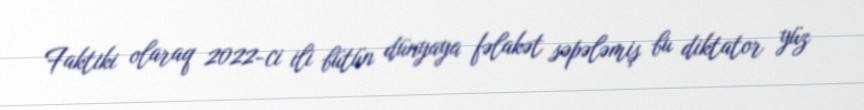
Faktiki olaraq 2022-ci ili bütün dünyaya fəlakət səpələmiş bu diktator yüz